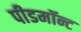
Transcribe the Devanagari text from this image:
पीडमॉन्ट